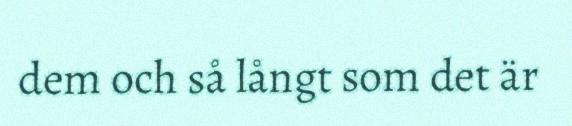
dem och så långt som det är